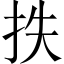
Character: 抶